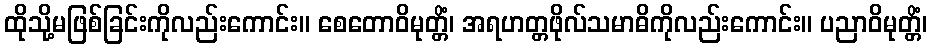
ထိုသို့မဖြစ်ခြင်းကိုလည်းကောင်း။ စေတောဝိမုတ္တိံ၊ အရဟတ္တဖိုလ်သမာဓိကိုလည်းကောင်း။ ပညာဝိမုတ္တိံ၊